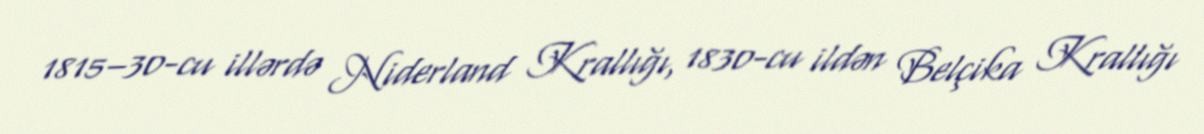
1815–30-cu illərdə Niderland Krallığı, 1830-cu ildən Belçika Krallığı